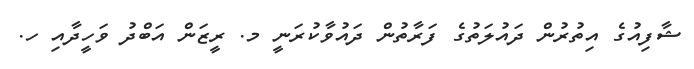
ޝާފިއުގެ އިތުރުން ދައުލަތުގެ ފަރާތުން ދައުވާކުރަނީ މ. ރީޒަން އަބްދު ވަހީދާއި ހ.